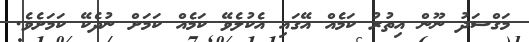
މަގްސަދު ނޫން އިތުރު ކަމެއް އޭގައި އެކުލެވޭ ކަމެއް ކަމަށް ނުދެކޭ ކަމަށެވެ.